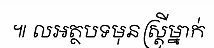
៕ លអត្ថបទមុនស្ត្រីម្នាក់